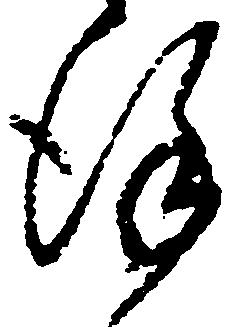
謹